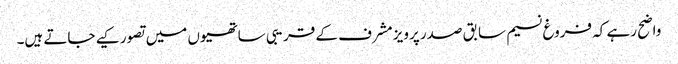
واضح رہے کہ فروغ نسیم سابق صدر پرویز مشرف کے قریبی ساتھیوں میں تصور کیے جاتے ہیں۔